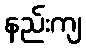
နည်းကျ